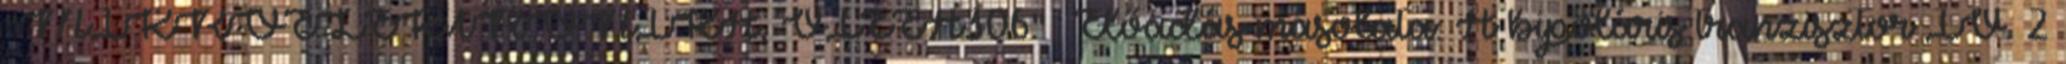
"MIKROELEKTRONIKA, VIEEA306"— Előadás másolata: A bipoláris tranzisztor IV. 2